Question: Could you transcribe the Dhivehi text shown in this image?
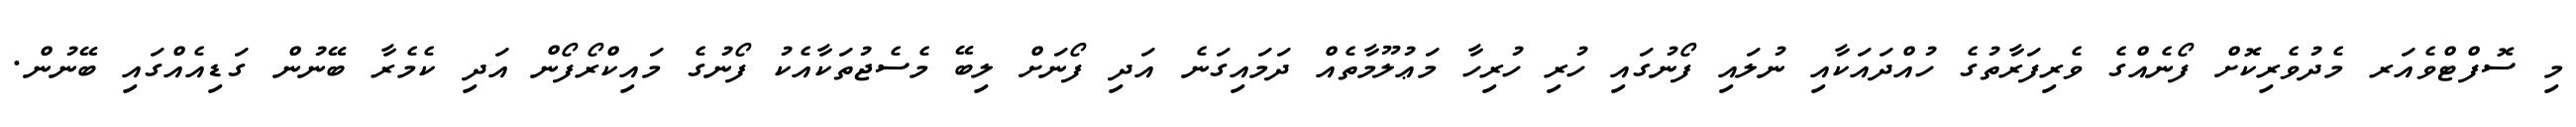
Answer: މި ސޮފްޓްވެއަރ މެދުވެރިކޮށް ފޯނެއްގެ ވެރިފަރާތުގެ ހުއްދައަކާއި ނުލައި ފޯނުގައި ހުރި ހުރިހާ މަޢުލޫމާތެއް ދަމައިގަނެ އަދި ފޯނަށް ލިބޭ މެސެޖުތަކާއެކު ފޯނުގެ މައިކްރޯފޯން އަދި ކެމެރާ ބޭނުން ގަޑިއެއްގައި ބޭނުން.